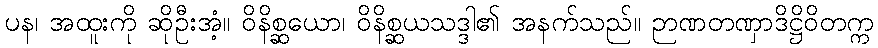
ပန၊ အထူးကို ဆိုဦးအံ့။ ဝိနိစ္ဆယော၊ ဝိနိစ္ဆယသဒ္ဒါ၏ အနက်သည်။ ဉာဏတဏှာဒိဋ္ဌိဝိတက္က